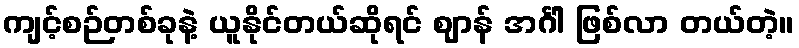
ကျင့်စဉ်တစ်ခုနဲ့ ယူနိုင်တယ်ဆိုရင် ဈာန် အင်္ဂါ ဖြစ်လာ တယ်တဲ့။